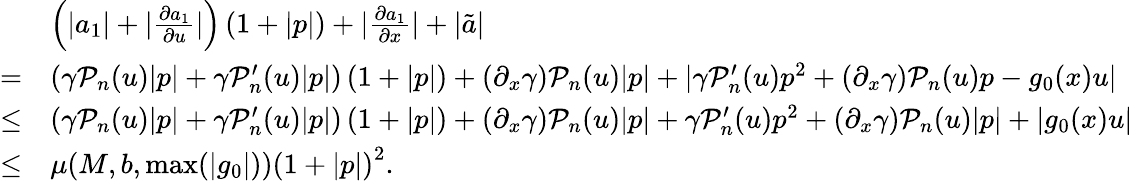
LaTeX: \begin{array}{rl}&{\left(\lvert a_{1}\rvert+\lvert\frac{\partial a_{1}}{\partial u}\rvert\right)\left(1+\lvert p\rvert\right)+\lvert\frac{\partial a_{1}}{\partial x}\rvert+\lvert\tilde{a}\rvert}\\ {=}&{\left(\gamma\mathcal{P}_{n}(u)\lvert p\rvert+\gamma\mathcal{P}_{n}^{\prime}(u)\lvert p\rvert\right)\left(1+\lvert p\rvert\right)+\left(\partial_{x}\gamma\right)\mathcal{P}_{n}(u)\lvert p\rvert+\lvert\gamma\mathcal{P}_{n}^{\prime}(u)p^{2}+\left(\partial_{x}\gamma\right)\mathcal{P}_{n}(u)p-g_{0}(x)u\rvert}\\ {\leq}&{\left(\gamma\mathcal{P}_{n}(u)\lvert p\rvert+\gamma\mathcal{P}_{n}^{\prime}(u)\lvert p\rvert\right)\left(1+\lvert p\rvert\right)+\left(\partial_{x}\gamma\right)\mathcal{P}_{n}(u)\lvert p\rvert+\gamma\mathcal{P}_{n}^{\prime}(u)p^{2}+\left(\partial_{x}\gamma\right)\mathcal{P}_{n}(u)\lvert p\rvert+\lvert g_{0}(x)u\rvert}\\ {\leq}&{\mu(M,b,\operatorname*{max}(|g_{0}|))\left(1+\lvert p\rvert\right)^{2}.}\end{array}